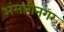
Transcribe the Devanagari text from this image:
अंसारीनगर